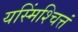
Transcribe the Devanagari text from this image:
यस्मिंश्चित्तं